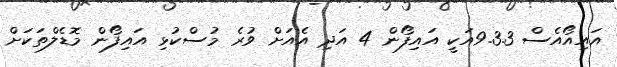
އައިއޯއެސް 9.3.3އަކީ އައިފޯން 4 އަދި އެއަށް ވުރެ މުސްކުޅި އައިފޯން މޮޑެލްތަކަށް